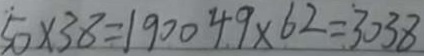
5 0 \times 3 8 = 1 9 0 0 4 9 \times 6 2 = 3 0 3 8